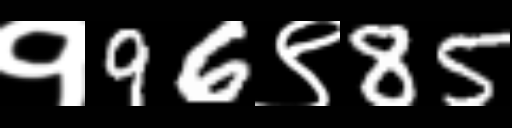
Text: १96९85